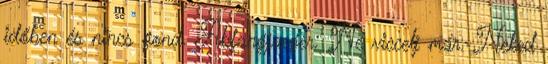
időben és nincs gond. Abfangjaeger: Ne viccelj már. Neked